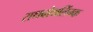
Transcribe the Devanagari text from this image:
राथबोथलिंग्क